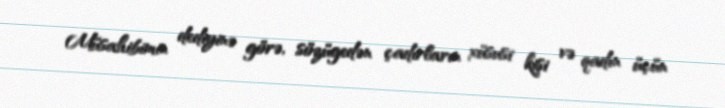
Müsahibimin dediyinə görə, sözügedən çadırların xüsusi kişi və qadın üçün